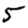
Digit: 5